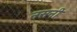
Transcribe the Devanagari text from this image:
नसनी